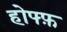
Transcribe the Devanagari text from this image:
होफ्फ़